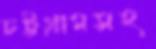
চট্টগ্রামসহ